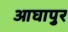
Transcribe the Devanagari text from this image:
आघापुर